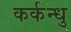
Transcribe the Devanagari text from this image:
कर्कन्धु